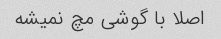
اصلا با گوشی مچ نمیشه